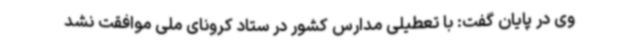
وی در پایان گفت: با تعطیلی مدارس کشور در ستاد کرونای ملی موافقت نشد